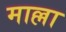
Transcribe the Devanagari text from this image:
माल्ला